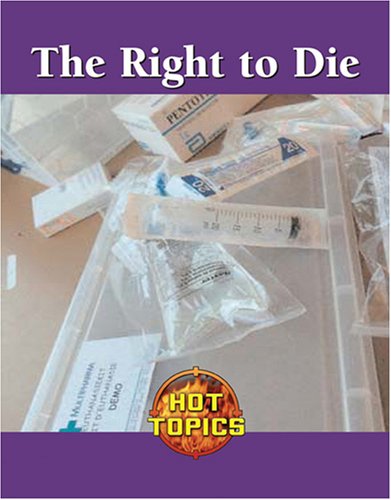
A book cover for The Right to Die (Hot Topics); Anne Wallace Sharp; Teen & Young Adult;